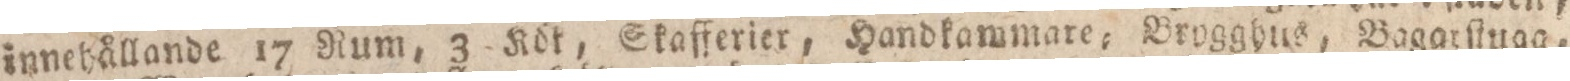
innehållande 17 Rum, 3 Köt, Skafferier, Handkammare, Brygghus, Bagarſluga,